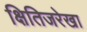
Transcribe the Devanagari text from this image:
क्षितिजरेखा